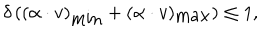
LaTeX: \delta \, ( ( \alpha \cdot v ) _ { \mathrm { m i n } } + ( \alpha \cdot v ) _ { \mathrm { m a x } } ) \leq 1 ,